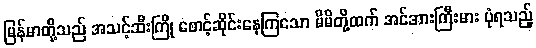
မြန်မာတို့သည် အသင့်ဆီးကြို စောင့်ဆိုင်းနေကြသော မိမိတို့ထက် အင်အားကြီးမား ပုံရသည့်